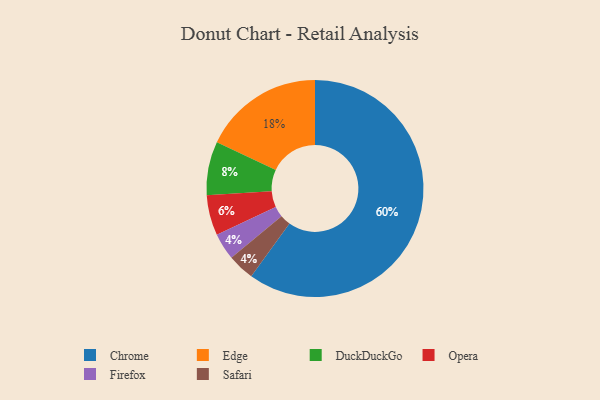
{"axis": {"x": "Category", "y": "Percentage"}, "legend": ["Chrome", "DuckDuckGo", "Edge", "Firefox", "Opera", "Safari"], "data": [{"x": "Firefox", "y": 4, "type": "Firefox"}, {"x": "Safari", "y": 4, "type": "Safari"}, {"x": "Edge", "y": 18, "type": "Edge"}, {"x": "Chrome", "y": 60, "type": "Chrome"}, {"x": "DuckDuckGo", "y": 8, "type": "DuckDuckGo"}, {"x": "Opera", "y": 6, "type": "Opera"}]}